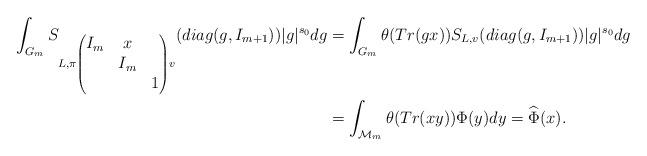
LaTeX: \begin{align*}\begin{aligned}\int_{G_m}S_{L,\pi \begin{pmatrix}I_m & x & \\ &I_m& \\ & & 1 \end{pmatrix}v}(diag(g,I_{m+1}))|g|^{s_0}dg&=\int_{G_m}\theta(Tr(gx))S_{L,v}(diag(g,I_{m+1}))|g|^{s_0}dg \\&=\int_{\mathcal{M}_m}\theta(Tr(xy))\Phi(y)dy=\widehat{\Phi}(x).\end{aligned}\end{align*}